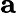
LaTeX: {\mathbf a}